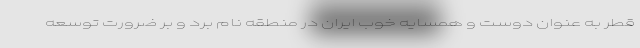
قطر به عنوان دوست و همسایه خوب ایران در منطقه نام برد و بر ضرورت توسعه